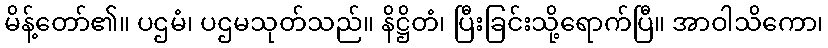
မိန့်တော်၏။ ပဌမံ၊ ပဌမသုတ်သည်။ နိဋ္ဌိတံ၊ ပြီးခြင်းသို့ရောက်ပြီ။ အာဝါသိကော၊